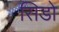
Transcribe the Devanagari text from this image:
सिडो